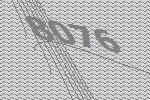
8076